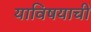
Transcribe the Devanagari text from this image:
याविषयाची